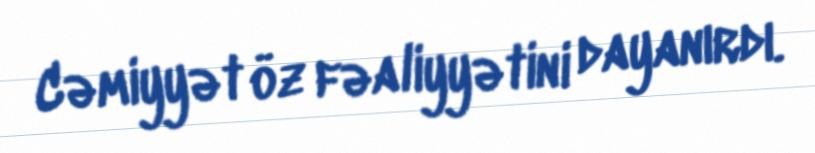
Cəmiyyət öz fəaliyyətini dayanırdı.